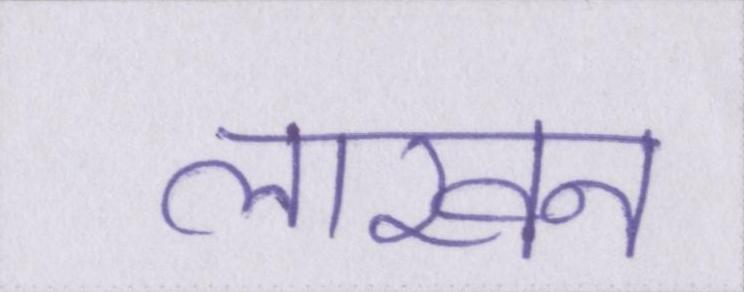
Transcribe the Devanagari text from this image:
लाखन